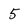
Character: 5